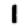
Digit: 1